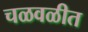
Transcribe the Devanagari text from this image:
चळवळीत